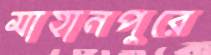
মাহানপুরে